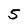
Character: 5